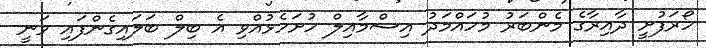
ހޯރަފުށީ ދާއިރާގެ މެންބަރު މުހައްމަދު އިސްމާއިލް ހުށަހެޅުއްވި އެ ބިލް ބަލައިގެންފައި ވަނީ